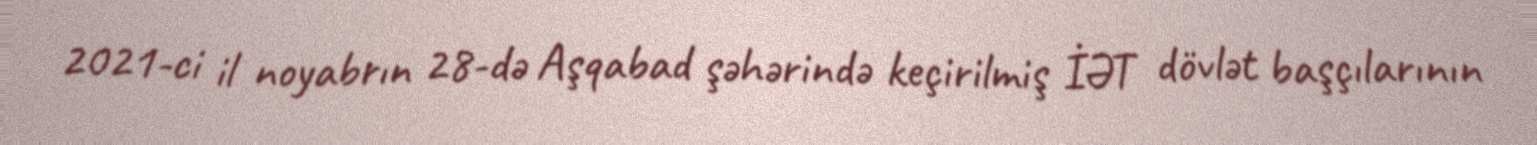
2021-ci il noyabrın 28-də Aşqabad şəhərində keçirilmiş İƏT dövlət başçılarının